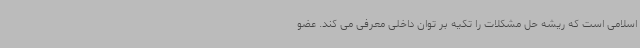
اسلامی است که ریشه حل مشکلات را تکیه بر توان داخلی معرفی می کند. عضو